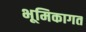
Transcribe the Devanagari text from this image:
भूमिकागत